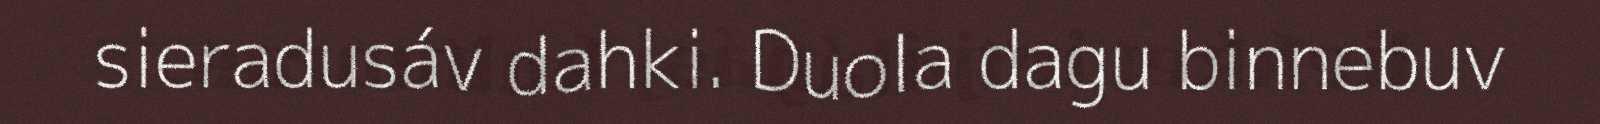
sieradusáv dahki. Duola dagu binnebuv